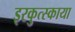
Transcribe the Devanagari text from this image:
इरकुत्स्काया